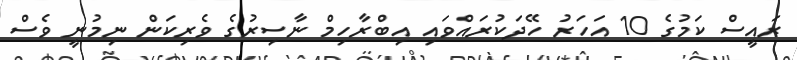
ރައީސް ކަމުގެ 10 އަހަރު ހޭދަކުރައްވައި އިބްރާހިމް ނާސިރުގެ ވެރިކަން ނިމުނީ ވެސް